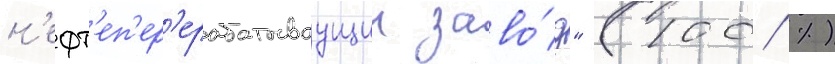
н'ефт'еп'ер'ерабатываущии заво́д" (100 %)